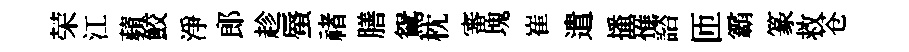
荣江蘋鮫淨郎趁蜃禇膳鴛枕審塊崔遣播罹諮匝霸篆救苍